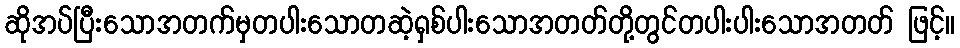
ဆိုအပ်ပြီးသောအတက်မှတပါးသောတဆဲ့ရှစ်ပါးသောအတတ်တို့တွင်တပါးပါးသောအတတ် ဖြင့်။